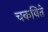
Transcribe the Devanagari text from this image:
चकविते